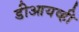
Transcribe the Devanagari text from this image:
डीआयव्ही